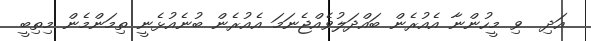
އަދި  ވި މީހުންނާ އެއުރެން ބައްދަލުވެއްޖެނަމަ އެއުރެން ބުނެއުޅެނީ ތިމަންމެން މިތިބީ